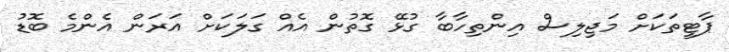
ޕާޓީތަކަށް މަޖިލިސް އިންތިހާބާ ގުޅޭ ގޮތުން އެއް ގަލަކަށް އަރަން އެންމެ ބޮޑު